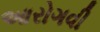
આરોગવી